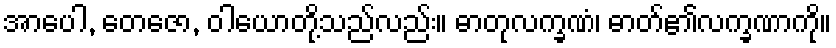
အာပေါ, တေဇော, ဝါယောတို့သည်လည်း။ ဓာတုလက္ခဏံ၊ ဓာတ်၏လက္ခဏာကို။